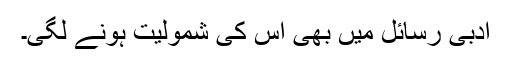
ادبی رسائل میں بھی اس کی شمولیت ہونے لگی۔